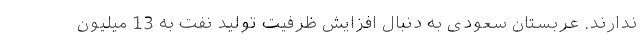
ندارند. عربستان سعودی به دنبال افزایش ظرفیت تولید نفت به 13 میلیون